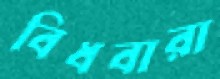
বিধবারা